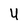
Character: U